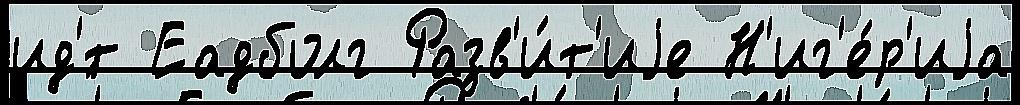
ид'́т Еадболг Разв'и́т'иjе Н'иг'е́р'иjа